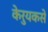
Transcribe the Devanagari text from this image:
केरुयकसे